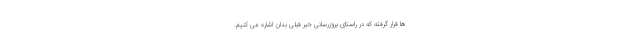
ها قرار گرفته که در راستای بروزرسانی خبر قبلی بدان اشاره می کنیم.